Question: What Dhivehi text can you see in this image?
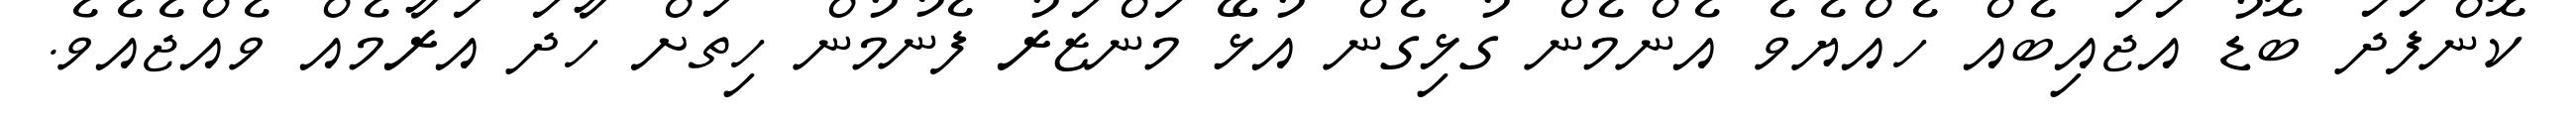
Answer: ކޮންފަދަ ބޮޑު އަޖައިބެއް ހެއްޔެވެ އެންމެން ގުޅިގެން އުޅޭ މަންޒަރު ފެނުމުން ހިތަށް ހާދަ އަރާމެއް ވެއްޖެއެވެ.